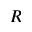
R